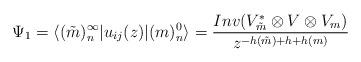
LaTeX: \begin{align*}\Psi_1 =\langle (\tilde{m})^{\infty}_n | u_{ij} (z) | (m)^0_n \rangle =\frac{Inv (V_{\tilde{m}}^{\ast}\otimes V\otimes V_m)}{z^{-h (\tilde{m})+h+h (m)}} \end{align*}